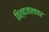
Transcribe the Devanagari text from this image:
विश्वजालावर